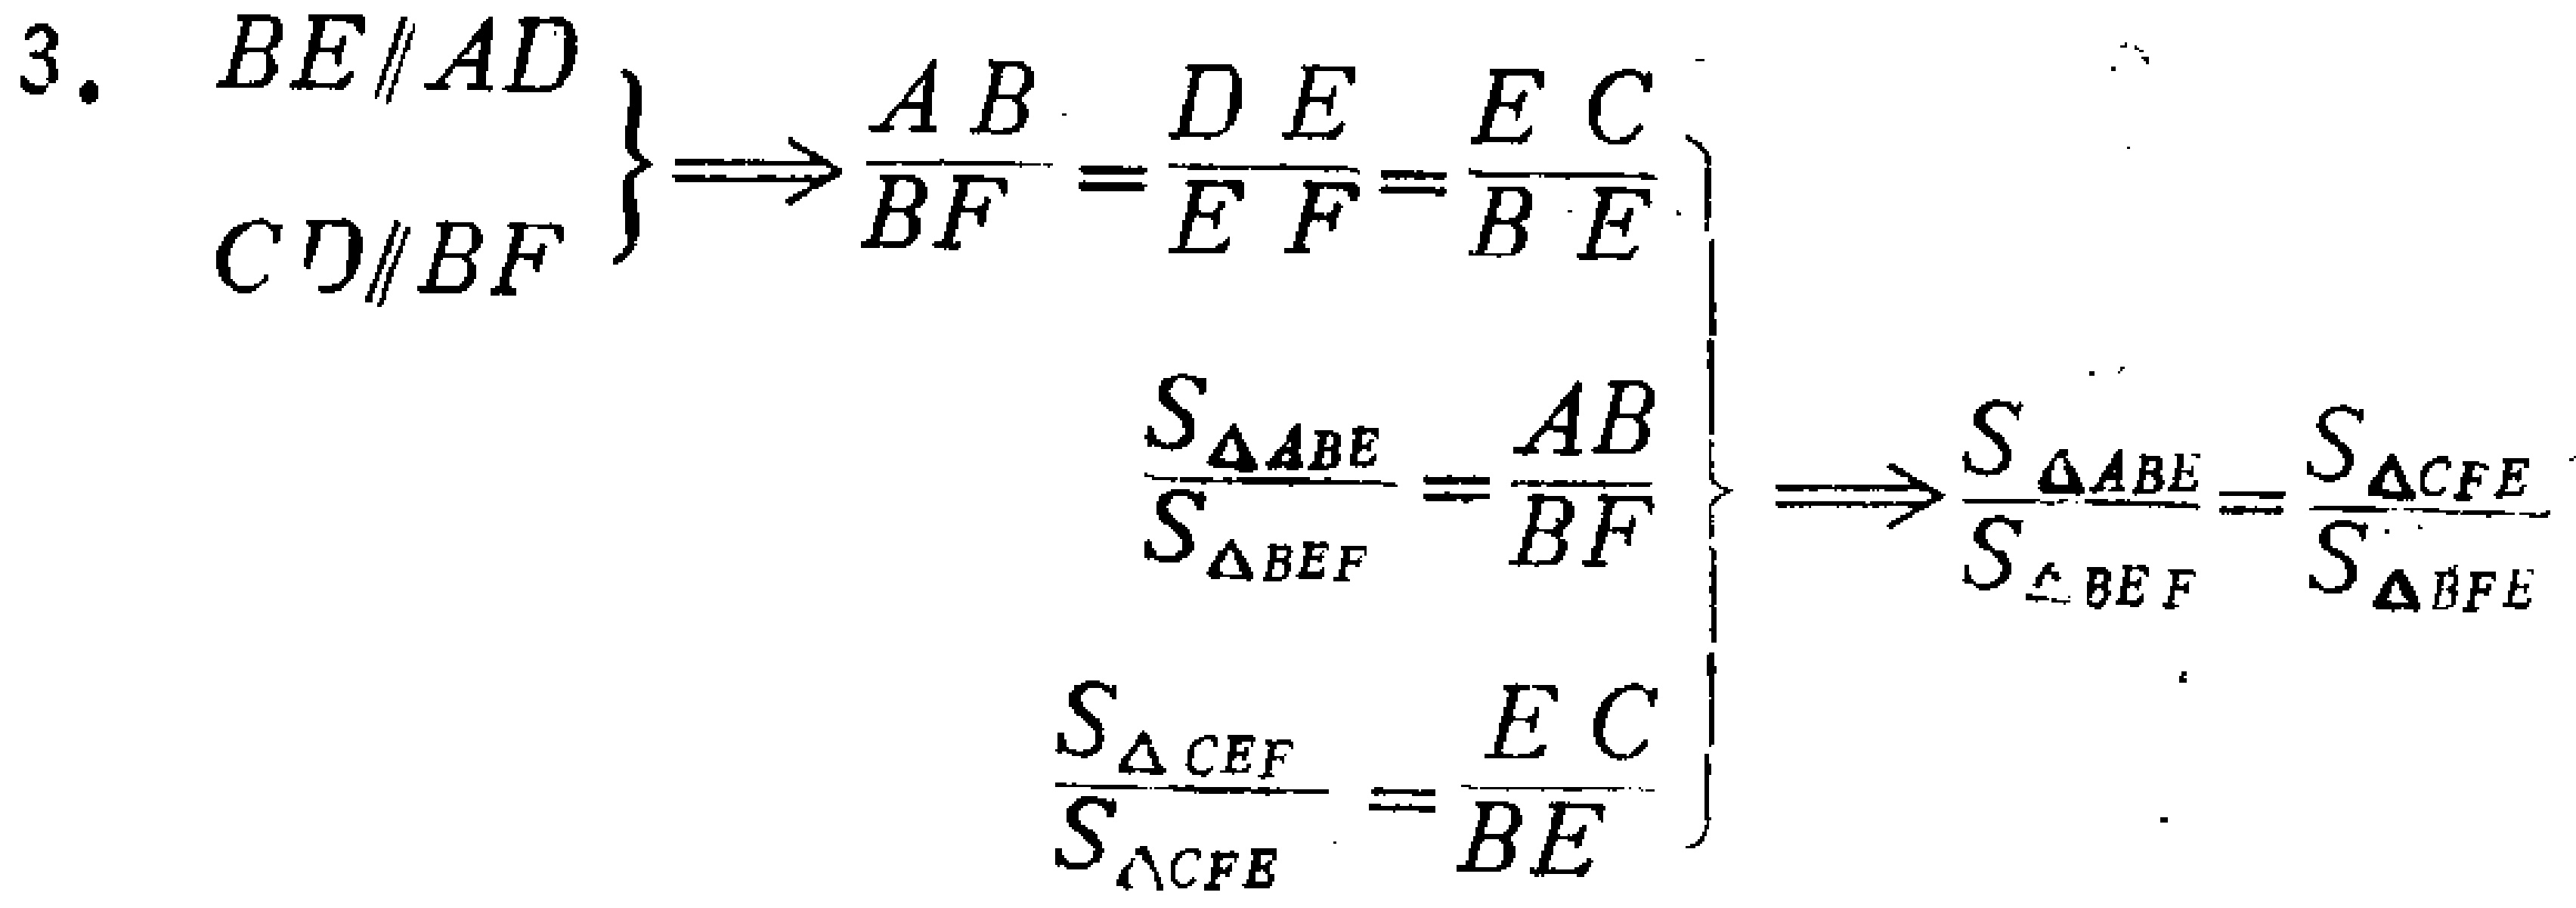
\[

\begin{align*}

\left.

\begin{array}{l}

BE\parallel AD \\

CD\parallel BF

\end{array}

\right\}

\Rightarrow

\frac{AB}{BF}=\frac{DE}{EF}=\frac{EC}{BE}\\

\left.

\begin{array}{l}

\frac{S_{\triangle ABE}}{S_{\triangle BEF}}=\frac{AB}{BF}\\

\frac{S_{\triangle CEF}}{S_{\triangle CFE}}=\frac{EC}{BE}

\end{array}

\right\}

\Rightarrow

\frac{S_{\triangle ABE}}{S_{\triangle BEF}}=\frac{S_{\triangle CFE}}{S_{\triangle BFE}}

\end{align*}

\]